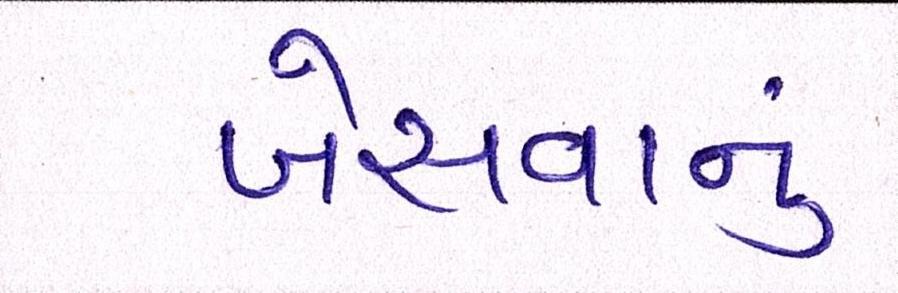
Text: બેસવાનું